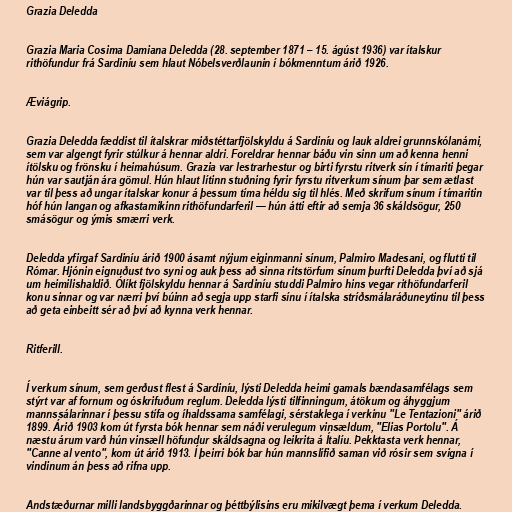
Grazia Deledda

Grazia Maria Cosima Damiana Deledda (28. september 1871 – 15. ágúst 1936) var ítalskur
rithöfundur frá Sardiníu sem hlaut Nóbelsverðlaunin í bókmenntum árið 1926.

Æviágrip.

Grazia Deledda fæddist til ítalskrar miðstéttarfjölskyldu á Sardiníu og lauk aldrei grunnskólanámi,
sem var algengt fyrir stúlkur á hennar aldri. Foreldrar hennar báðu vin sinn um að kenna henni
ítölsku og frönsku í heimahúsum. Grazia var lestrarhestur og birti fyrstu ritverk sín í tímariti þegar
hún var sautján ára gömul. Hún hlaut lítinn stuðning fyrir fyrstu ritverkum sínum þar sem ætlast
var til þess að ungar ítalskar konur á þessum tíma héldu sig til hlés. Með skrifum sínum í tímaritin
hóf hún langan og afkastamikinn rithöfundarferil — hún átti eftir að semja 36 skáldsögur, 250
smásögur og ýmis smærri verk.

Deledda yfirgaf Sardiníu árið 1900 ásamt nýjum eiginmanni sínum, Palmiro Madesani, og flutti til
Rómar. Hjónin eignuðust tvo syni og auk þess að sinna ritstörfum sínum þurfti Deledda því að sjá
um heimilishaldið. Ólíkt fjölskyldu hennar á Sardiníu studdi Palmiro hins vegar rithöfundarferil
konu sinnar og var nærri því búinn að segja upp starfi sínu í ítalska stríðsmálaráðuneytinu til þess
að geta einbeitt sér að því að kynna verk hennar.

Ritferill.

Í verkum sínum, sem gerðust flest á Sardiníu, lýsti Deledda heimi gamals bændasamfélags sem
stýrt var af fornum og óskrifuðum reglum. Deledda lýsti tilfinningum, átökum og áhyggjum
mannssálarinnar í þessu stífa og íhaldssama samfélagi, sérstaklega í verkinu "Le Tentazioni" árið
1899. Árið 1903 kom út fyrsta bók hennar sem náði verulegum vinsældum, "Elias Portolu". Á
næstu árum varð hún vinsæll höfundur skáldsagna og leikrita á Ítalíu. Þekktasta verk hennar,
"Canne al vento", kom út árið 1913. Í þeirri bók bar hún mannslífið saman við rósir sem svigna í
vindinum án þess að rifna upp.

Andstæðurnar milli landsbyggðarinnar og þéttbýlisins eru mikilvægt þema í verkum Deledda.